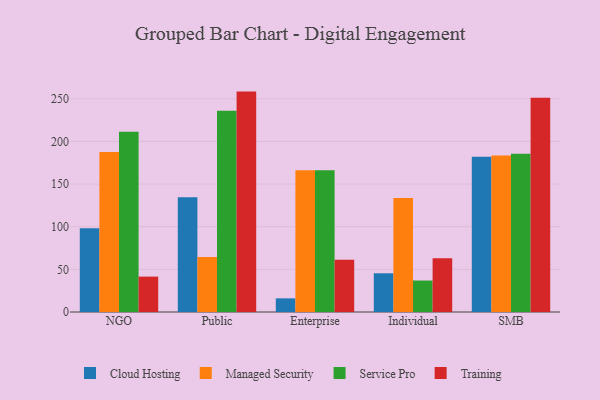
{"axis": {"x": "Segment", "y": "Demand Index"}, "legend": ["Cloud Hosting", "Managed Security", "Service Pro", "Training"], "data": [{"x": "NGO", "y": 98.2, "type": "Cloud Hosting"}, {"x": "NGO", "y": 187.5, "type": "Managed Security"}, {"x": "NGO", "y": 211.3, "type": "Service Pro"}, {"x": "NGO", "y": 41.5, "type": "Training"}, {"x": "Public", "y": 134.5, "type": "Cloud Hosting"}, {"x": "Public", "y": 64.5, "type": "Managed Security"}, {"x": "Public", "y": 236.0, "type": "Service Pro"}, {"x": "Public", "y": 258.4, "type": "Training"}, {"x": "Enterprise", "y": 16.0, "type": "Cloud Hosting"}, {"x": "Enterprise", "y": 166.3, "type": "Managed Security"}, {"x": "Enterprise", "y": 166.3, "type": "Service Pro"}, {"x": "Enterprise", "y": 61.2, "type": "Training"}, {"x": "Individual", "y": 45.4, "type": "Cloud Hosting"}, {"x": "Individual", "y": 133.8, "type": "Managed Security"}, {"x": "Individual", "y": 36.9, "type": "Service Pro"}, {"x": "Individual", "y": 62.9, "type": "Training"}, {"x": "SMB", "y": 181.9, "type": "Cloud Hosting"}, {"x": "SMB", "y": 183.5, "type": "Managed Security"}, {"x": "SMB", "y": 185.6, "type": "Service Pro"}, {"x": "SMB", "y": 251.1, "type": "Training"}]}